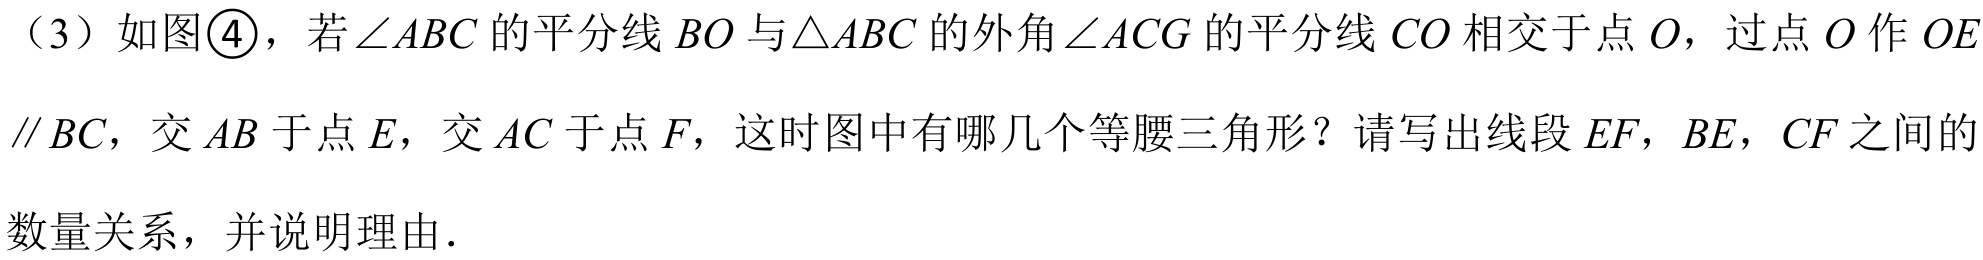
（3）如图\textcircled{4}，若\(\angle ABC\)的平分线\(BO\)与\(\triangle ABC\)的外角\(\angle ACG\)的平分线\(CO\)相交于点\(O\)，过点\(O\)作\(OE\parallel BC\)，交\(AB\)于点\(E\)，交\(AC\)于点\(F\)，这时图中有哪几个等腰三角形？请写出线段\(EF\)，\(BE\)，\(CF\)之间的数量关系，并说明理由．